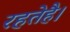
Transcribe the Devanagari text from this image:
रहतेहै।